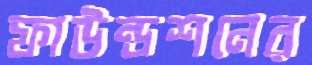
ফাউন্ডশনের